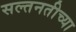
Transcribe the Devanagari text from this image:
सल्तनतीच्या